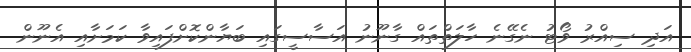
އަދި ސިއްރު ވޯޓު ނެގޭނެ ހާލަތްތައް ގާނޫނު އަސާސީގައި ބަޔާންކޮށްފައިވާ ކަމަށާއި އެނޫން